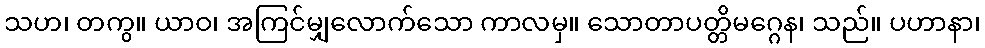
သဟ၊ တကွ။ ယာဝ၊ အကြင်မျှလောက်သော ကာလမှ။ သောတာပတ္တိမဂ္ဂေန၊ သည်။ ပဟာနာ၊